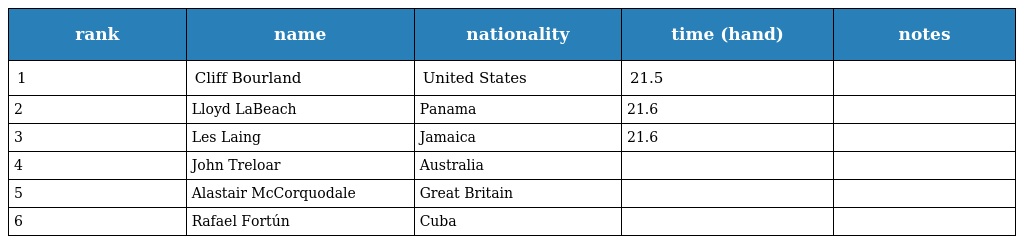
| rank | name | nationality | time (hand) | notes |
 | --- | --- | --- | --- | --- |
 | 1 | Cliff Bourland | United States | 21.5 |  |
 | 2 | Lloyd LaBeach | Panama | 21.6 |  |
 | 3 | Les Laing | Jamaica | 21.6 |  |
 | 4 | John Treloar | Australia |  |  |
 | 5 | Alastair McCorquodale | Great Britain |  |  |
 | 6 | Rafael Fortún | Cuba |  |  |